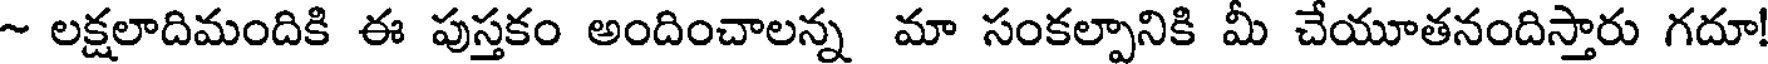
~ లక్షలాదిమందికి ఈ పుస్తకం అందించాలన్న మా సంకల్పానికి మీ చేయూతనందిస్తారు గదూ!